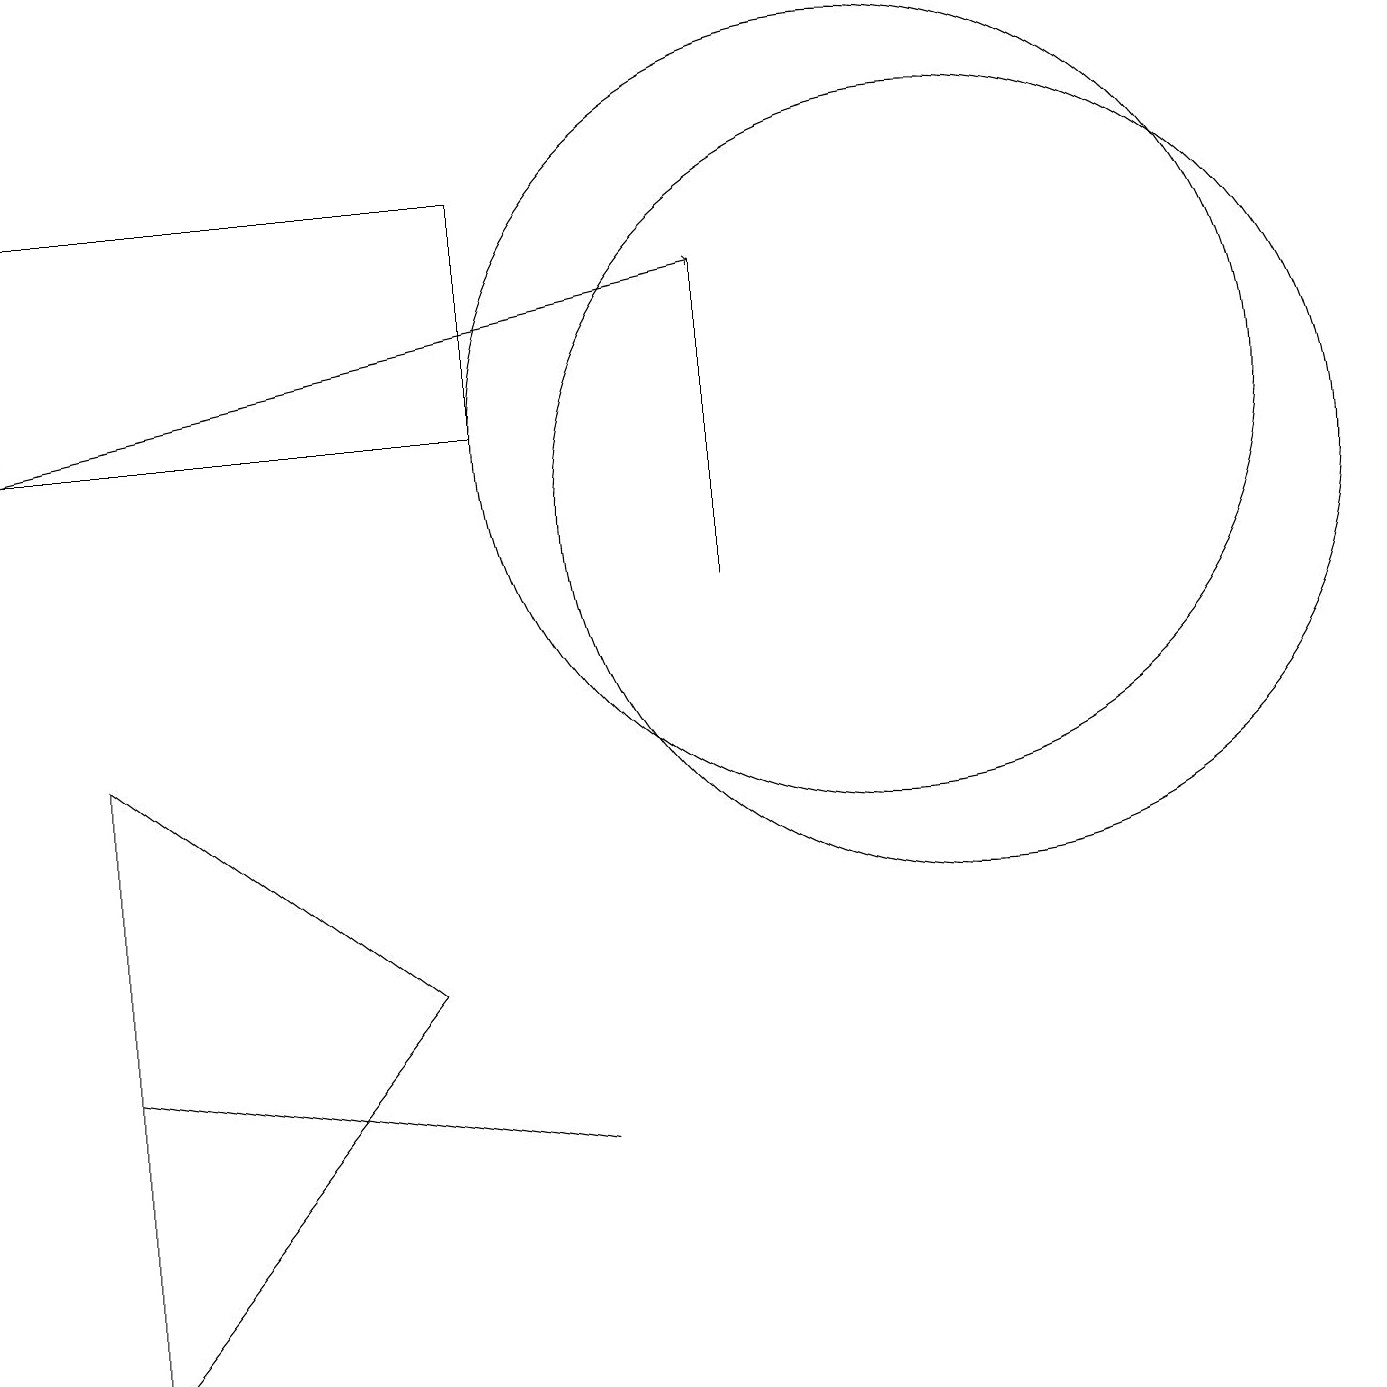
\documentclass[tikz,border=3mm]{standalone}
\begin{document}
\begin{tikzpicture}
\draw[->] (0,12) -- (9,14);
\draw (9,14) rectangle (9,10);
\draw (7,3) -- (1,4) -- (7,3) -- cycle;
\draw (0,12) rectangle (6,15);
\draw (1,8) -- (1,0) -- (5,5) -- cycle;
\draw (11,12) circle (5);
\draw (12,11) circle (5);
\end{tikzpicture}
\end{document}